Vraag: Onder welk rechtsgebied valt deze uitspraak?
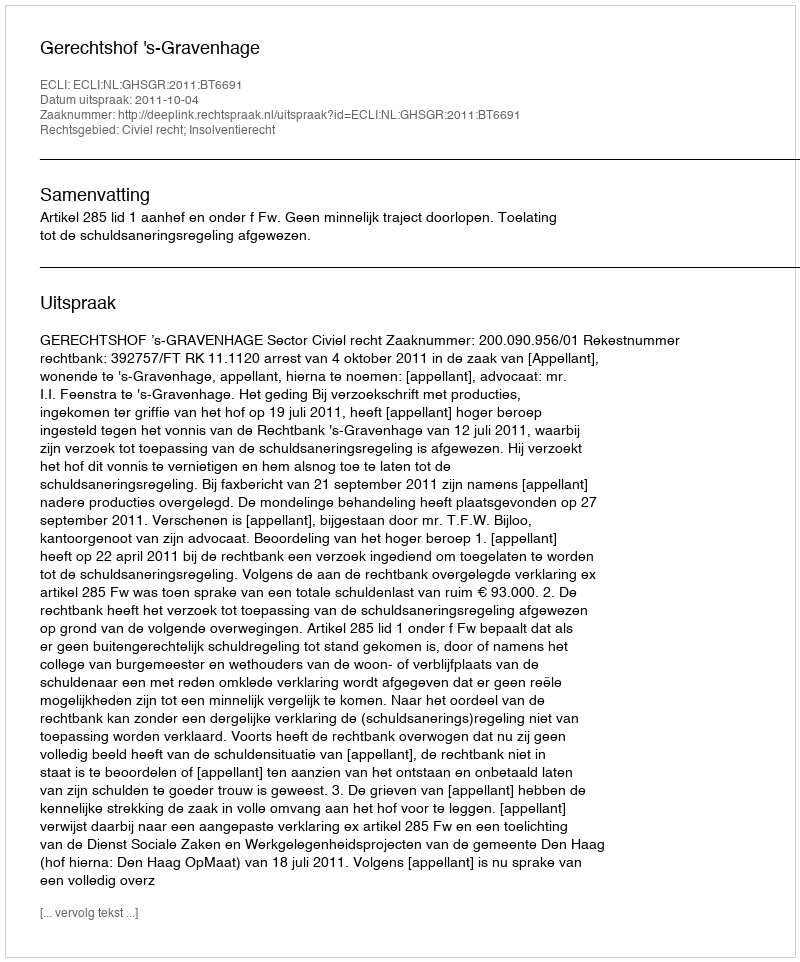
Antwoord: Civiel recht; Insolventierecht